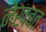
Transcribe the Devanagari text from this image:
नेखबत